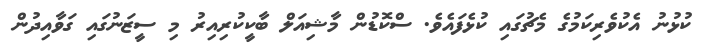
ކުޅުނު އެކުވެރިކަމުގެ މެޗުގައި ކުޅެފައެވެ. ސްކޮޑުން މާޝިއަލް ބާކީކުރިއިރު މި ސީޒަނުގައި ގަވާއިދުން